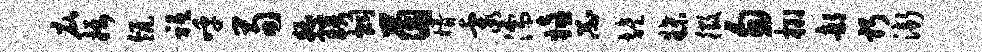
庇摄瓴祗呼荀糟琰炯茵婿霞濡嬉忐旌牒徵匆榔部躬渐